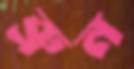
ব্রুন